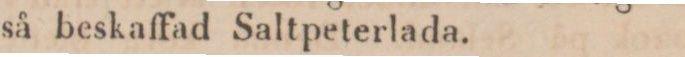
så beskaffad Saltpeterlada.